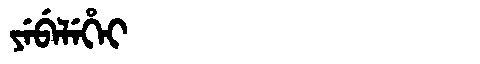
Manchu: ᠶᡝᠪᡝᠯᡝᡥᡝᡳ
Romanization: YEBELEHEI